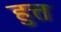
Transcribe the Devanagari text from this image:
हुत्त